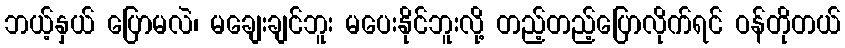
ဘယ့်နှယ် ပြောမလဲ၊ မချေးချင်ဘူး မပေးနိုင်ဘူးလို့ တည့်တည့်ပြောလိုက်ရင် ဝန်တိုတယ်